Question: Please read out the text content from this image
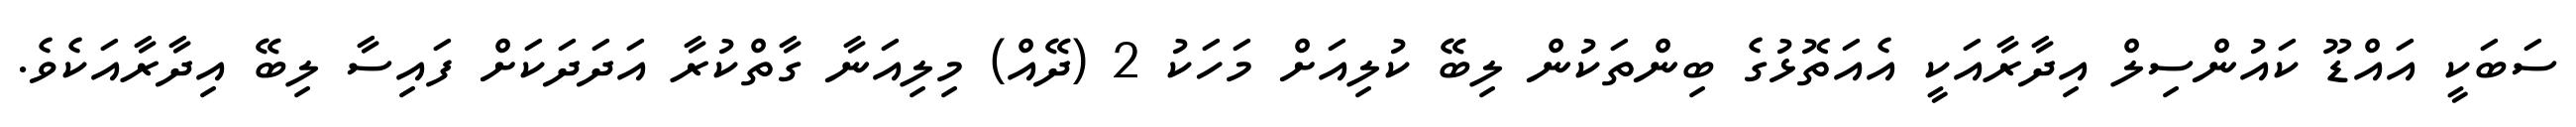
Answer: ސަބަކީ އައްޑޫ ކައުންސިލް އިދާރާއަކީ އެއަތޮޅުގެ ބިންތަކުން ލިބޭ ކުލިއަށް މަހަކު 2 (ދޭއް) މިލިއަނާ ގާތްކުރާ އަދަދަކަށް ފައިސާ ލިބޭ އިދާރާއަކެވެ.